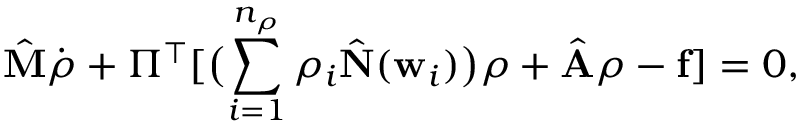
\ensuremath { \hat { \mathbf { M } } } \dot { \ensuremath { \boldsymbol { \rho } } } + \Pi ^ { \top } [ \bigl ( \sum _ { i = 1 } ^ { n _ { \rho } } \rho _ { i } \ensuremath { \hat { \mathbf { N } } } ( \ensuremath { \mathbf { w } } _ { i } ) \bigr ) \ensuremath { \boldsymbol { \rho } } + \ensuremath { \hat { \mathbf { A } } } \ensuremath { \boldsymbol { \rho } } - \ensuremath { \mathbf { f } } ] = 0 ,